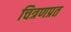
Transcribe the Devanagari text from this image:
चित्रणप्रत